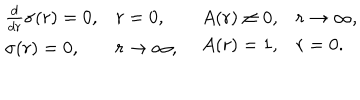
\begin{array} { l l } { { \begin{array} { l l } { { \frac { d } { d r } \sigma ( r ) = 0 , } } & { { r = 0 , } } \\ { { \sigma ( r ) = 0 , } } & { { r \rightarrow \infty , } } \\ \end{array} } } & { { \begin{array} { l l } { { A ( r ) \neq 0 , } } & { { r \rightarrow \infty , } } \\ { { A ( r ) = 1 , } } & { { r = 0 . } } \\ \end{array} } } \\ \end{array}